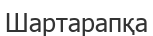
Шартарапқа